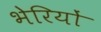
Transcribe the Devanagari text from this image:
भेरियों